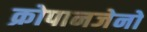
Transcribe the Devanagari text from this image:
क्रोपानजेनो